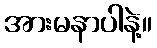
အားမနာပါနဲ့။